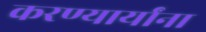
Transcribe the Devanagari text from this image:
करण्यार्यांना